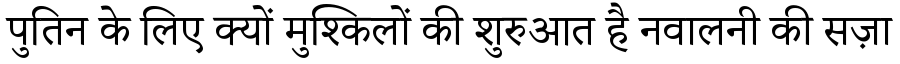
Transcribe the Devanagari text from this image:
पुतिन के लिए क्यों मुश्किलों की शुरुआत है नवालनी की सज़ा